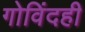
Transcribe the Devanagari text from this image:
गोविंदही